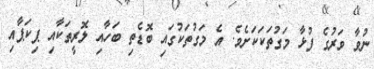
ނުވާ ވަރުގެ ފުޅާ މަގުތަކަކަށެވެ. އެ މަގުތަކުގައި ބޮޑެތި ބަހާއި ލޮރީތަކާއި ޕިކަޕާއި